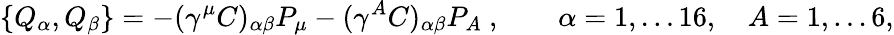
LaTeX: \{ Q_{\alpha},Q_{\beta}\} =-(\gamma^{\mu}C)_{\alpha\beta}P_{\mu}-(\gamma^{A}C)_{\alpha\beta}P_{A}\ ,\qquad\alpha=1,\dots 16,\quad A=1,\dots 6,